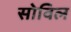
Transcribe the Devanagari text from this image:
सोविल